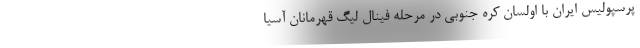
پرسپولیس ایران با اولسان کره جنوبی در مرحله فینال لیگ قهرمانان آسیا